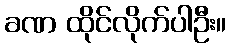
ခဏ ထိုင်လိုက်ပါဦး။